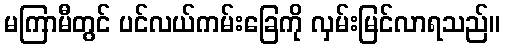
မကြာမီတွင် ပင်လယ်ကမ်းခြေကို လှမ်းမြင်လာရသည်။